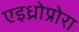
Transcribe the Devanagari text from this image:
एइध्रोप्रोरा